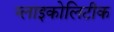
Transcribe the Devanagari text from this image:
ग्लाइकोलिटीक